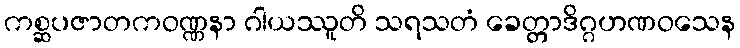
ကစ္ဆပဇာတကဝဏ္ဏနာ ဂါယဿူတိ သရသတံ ခေတ္တာဒိဂ္ဂဟဏဝသေန